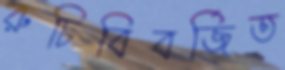
রুচিবিবর্জিত